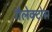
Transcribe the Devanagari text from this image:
गैलेक्टोस